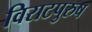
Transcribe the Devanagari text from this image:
विराटपुरुष